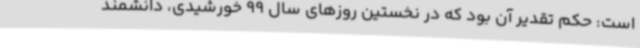
است: حکم تقدیر آن بود که در نخستین روزهای سال 99 خورشیدی، دانشمند